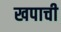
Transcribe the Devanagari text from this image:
खपाची